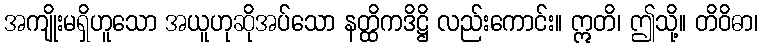
အကျိုးမရှိဟူသော အယူဟုဆိုအပ်သော နတ္ထိကဒိဋ္ဌိ လည်းကောင်း။ ဣတိ၊ ဤသို့။ တိဝိဓာ၊